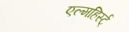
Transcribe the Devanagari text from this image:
एल्महिर्स्ट्